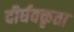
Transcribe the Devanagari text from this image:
दीर्घवक्तृता